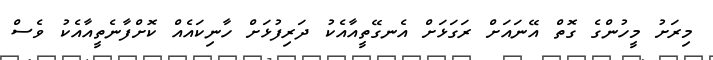
މިރަށު މީހުންގެ ގޮތް އޭނައަށް ރަގަޅަށް އެނގޭތީއާއެކު ދަރިފުޅަށް ހާނިކައެއް ކޮށްފާނެތީއާއެކު ވެސް